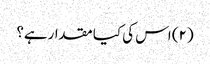
(۲) اس کی کیا مقدارہے؟